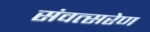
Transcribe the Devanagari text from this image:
संवत्सरेण